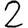
Digit: 2